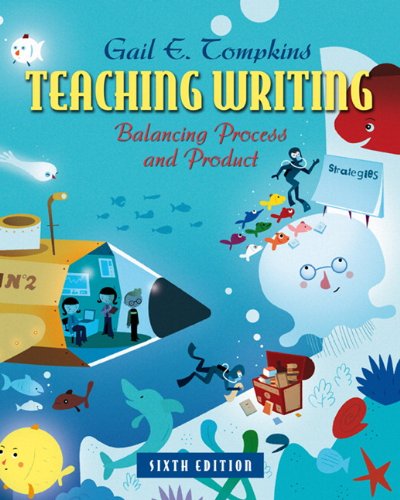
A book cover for Teaching Writing: Balancing Process and Product (6th Edition) (Books by Gail Tompkins); Gail E. Tompkins; Reference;